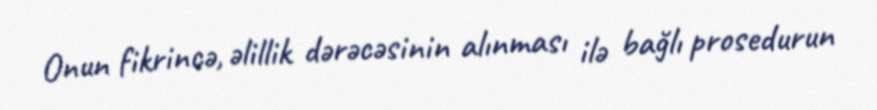
Onun fikrincə, əlillik dərəcəsinin alınması ilə bağlı prosedurun